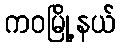
ကဝမြို့နယ်